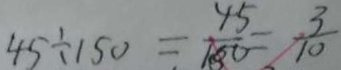
4 5 \div 1 5 0 = \frac { 4 5 } { 1 8 0 } = \frac { 3 } { 1 0 }